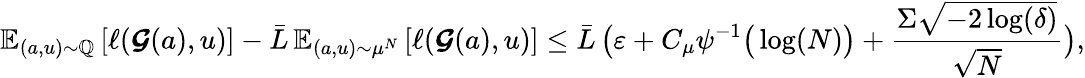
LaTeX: \boldsymbol{\mathbb{E}}_{(a,u)\sim\mathbb{Q}}\left[\ell(\boldsymbol{\mathcal{G}}(a),u)\right]-\bar{L}\, \boldsymbol{\mathbb{E}}_{(a,u)\sim\mu^{N}}\left[\ell(\boldsymbol{\mathcal{G}}(a),u)\right]\le\bar{L}\, \big(\varepsilon+C_{\mu}\psi^{-1}\big(\log(N)\big)+\frac{\Sigma\sqrt{-2\log(\delta)}}{\sqrt{N}}\big),